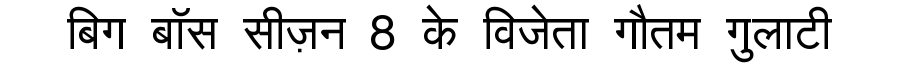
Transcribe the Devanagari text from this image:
बिग बॉस सीज़न 8 के विजेता गौतम गुलाटी